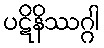
ပဋိနိဿဂ္ဂါ